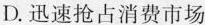
D.迅速抢占消费市场